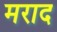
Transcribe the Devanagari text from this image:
मराद